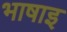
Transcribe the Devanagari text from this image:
भाषाइ